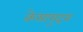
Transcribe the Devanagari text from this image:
केसामुद्रम